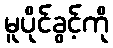
မူပိုင်ခွင့်ကို